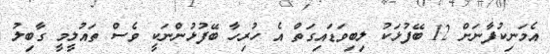
އެމަނިކުފާނަށް 12 ބޭފުޅަކު ލިބިވަޑައިގަތް އެ ހުރިހާ ބޭފުޅުންނަކީ ވެސް ތައުލީމީ ގާބިލު